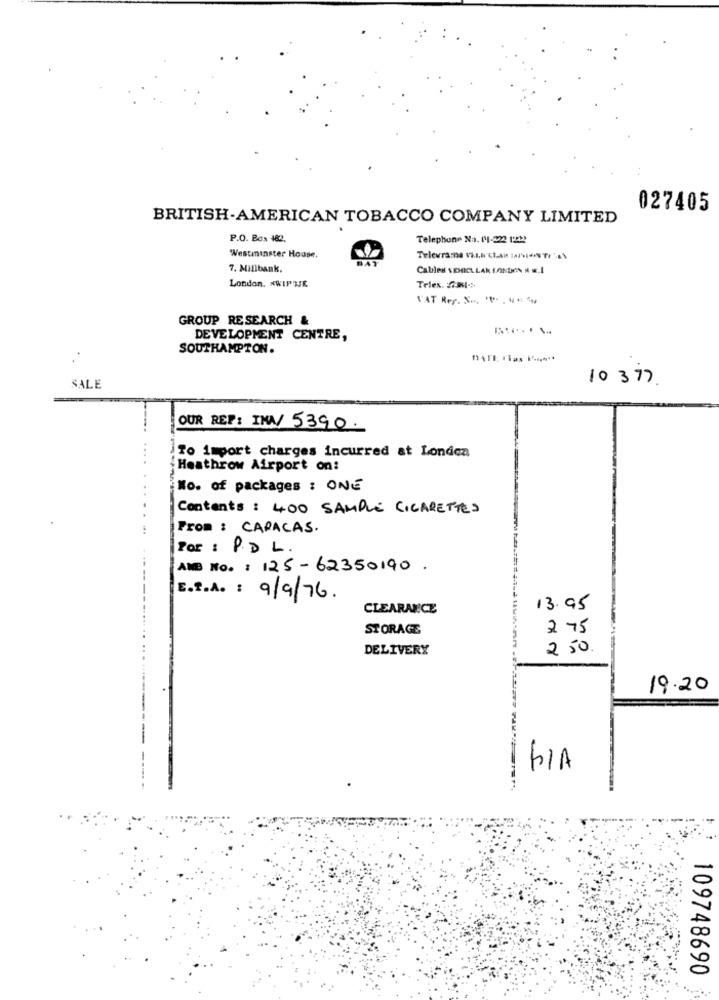
027405
BRITISH-AMERICAN TOBACCO COMPANY LIMITED
P.O. Box 482.
Telephone Na. (1-222 122)
Westminster House.
Televrama Van han tarNTr.
7. Millbank.
Calles VEHICLLAN LONDON N .I
London, XWIP UJE
Telex. S .:
TAT Reg. NR
GROUP RESEARCH &
DEVELOPMENT CENTRE,
SOUTHAMPTON.
MATE ITas P .....
10 3 77
SALE
OUR REP: INA/ 5390.
To import charges incurred at Londen
Heathrow Airport on:
No. of packages : ONE
Contents : 400 SAMPLE CIGARETTES
From : CARACAS.
Por : P.D L.
AMB No. : 125-62350190 .
E.f.A. : 9/9/76.
CLEARANCE
13.95
STORAGE
275
DELIVERY
250.
19.20
109748690